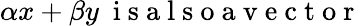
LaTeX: \alpha x+\beta y\mathrm{~\ i~s~a~l~s~o~a~v~e~c~t~o~r~}